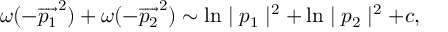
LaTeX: \omega ( - \overrightarrow { p _ { 1 } } ^ { 2 } ) + \omega ( - \overrightarrow { p _ { 2 } } ^ { 2 } ) \sim \ln \mid p _ { 1 } \mid ^ { 2 } + \ln \mid p _ { 2 } \mid ^ { 2 } + c ,